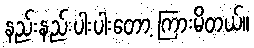
နည်းနည်းပါးပါးတော့ ကြားမိတယ်။